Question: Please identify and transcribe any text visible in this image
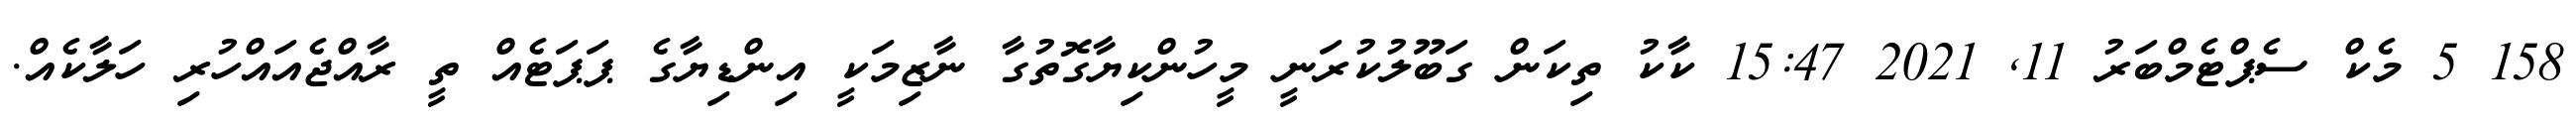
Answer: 158 5 މެކް ސެޕްޓެމްބަރު 11, 2021 15:47 ކާކު ތިކަން ގަބޫލުކުރަނީ މީހުންކިޔާގޮތުގާ ނާޒިމަކީ އިންޑިޔާގެ ޕަޕަޓެއް ތީ ރާއްޖެއައްހުރި ހަލާކެއް.